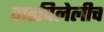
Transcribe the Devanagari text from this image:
वाढविलेलीच